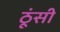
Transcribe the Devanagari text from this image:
ठूंसी